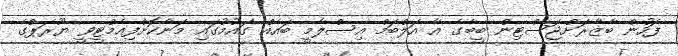
ފަހުން ބާޒާރަށްޖަސްޓިން ބީބާގެ އާ އަލްބަމް އިސްލާމީ ބައެއް ގައުމުގައި މަނާކޮށްފިއެމްޓީވީ ޔޫރަޕްގެ